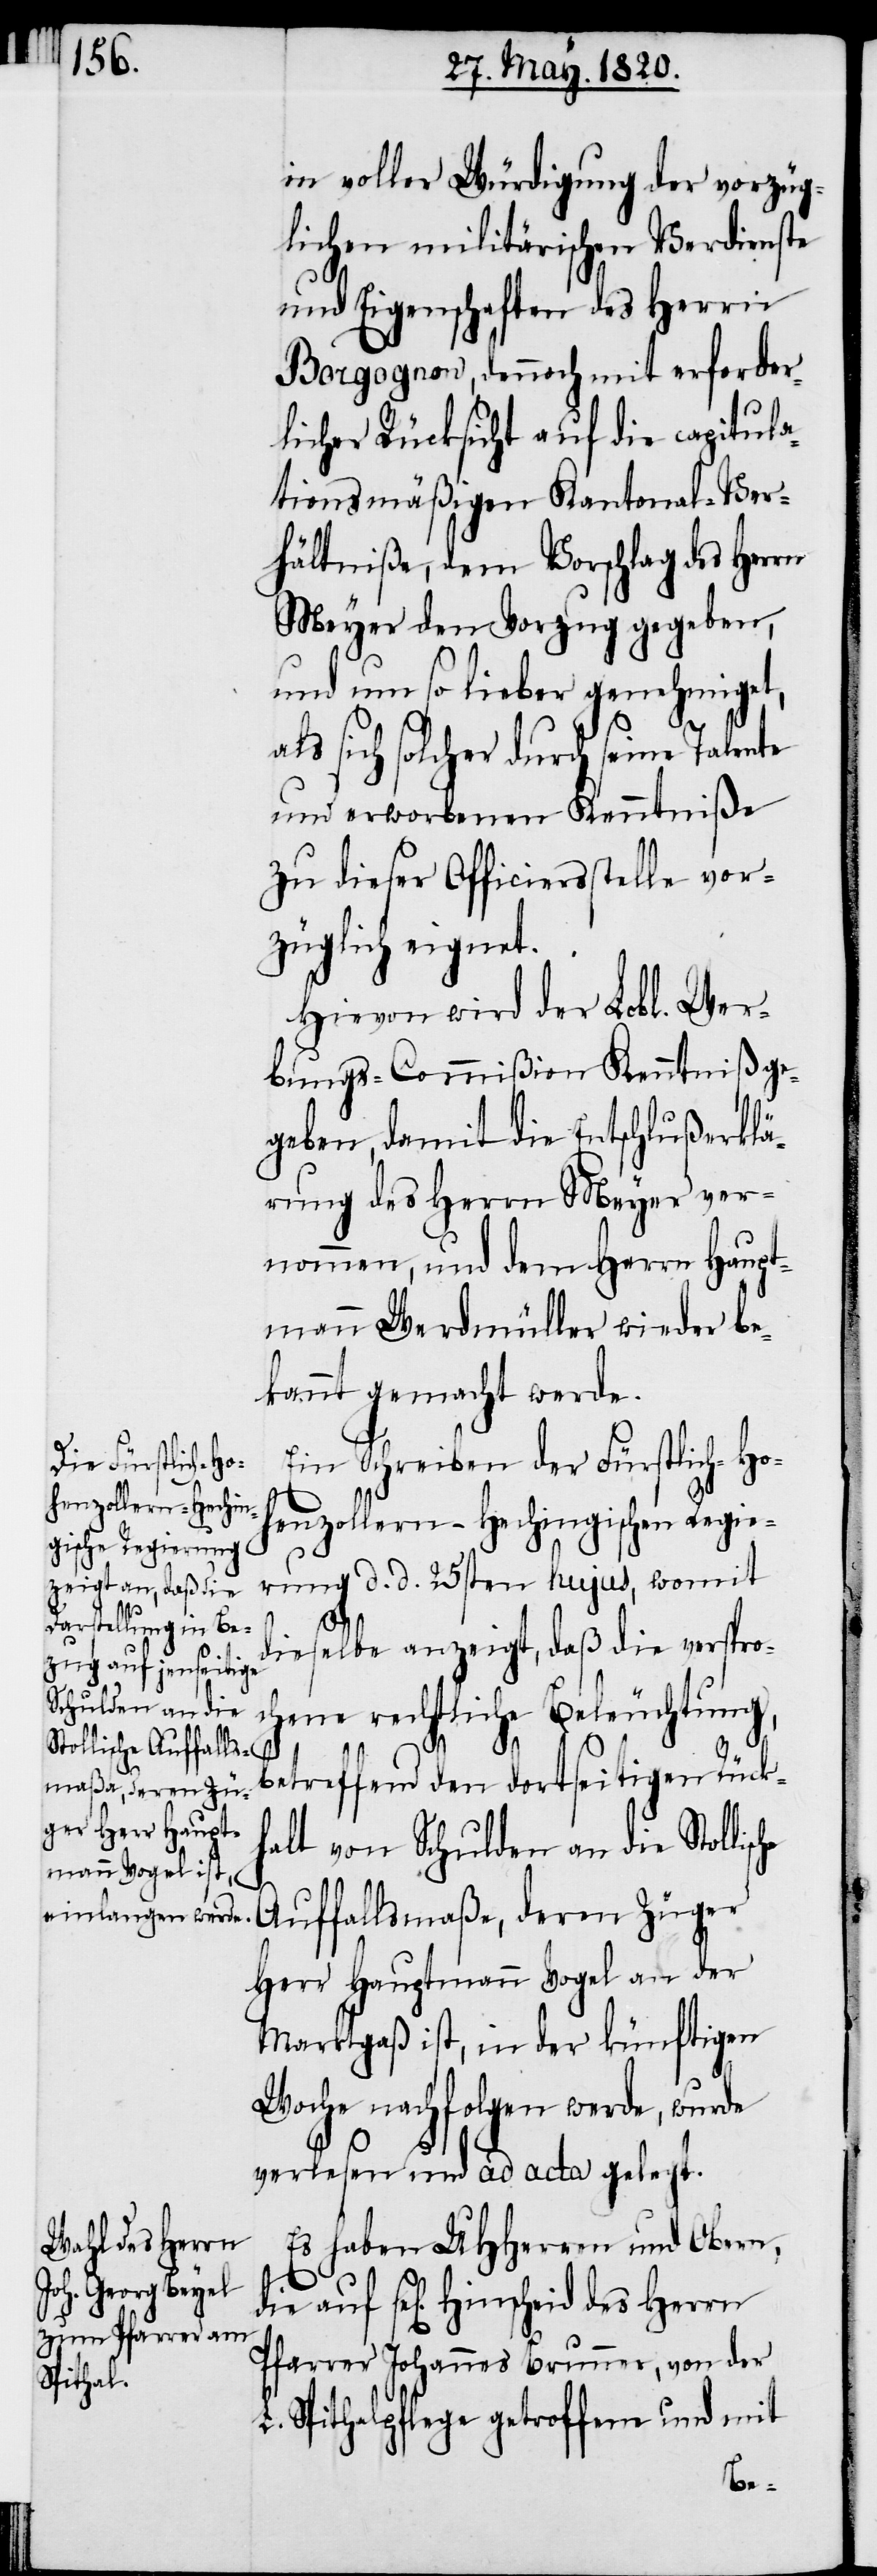
in voller Würdigung der vorzüg¬
lichen militärischen Verdienste
und Eigenschaften des Herrn
Borgognon, dennoch mit erforder¬
licher Rücksicht auf die capitula¬
tionsmäßigen Kantonal-Ver¬
hältniße, dem Vorschlag des Herrn
Meyer den Vorzug gegeben,
und um so lieber genehmiget,
als sich solcher durch seine Talente
und erworbenen Kenntniß
zu dieser Officiersstelle vor¬
züglich eignet.
Hievon wird der Lobl. Wer¬
bungs-Commißion Kenntniß ge¬
geben, damit die Entschlußerklä¬
rung des Herrn Meyer ver¬
nommen, und dem Herrn Haupt¬
mann Werdmüller wieder be¬
kannt gemacht werde.
Ein Schreiben der Fürstlich-Hoh¬
enzollern-Hechingischen Regie¬
rung d. d. 25sten hujus, womit
che
dieselbe anzeigt, daß die verspro¬
chene rechtliche Beleuchtung,
betreffend den dortseitigen Rückh¬
alt von Schulden an die Stollis¬
Auffallsmaßa, deren Züger
Herr Hauptmann Vogel an der
Marktgaß ist, in der künftigen
Woche nachfolgen werde, wurde
verlesen und ad acta gelegt.
Es haben UHHerren und Obern,
die auf sel[igen]. Hinscheid des Herrn
Pfarrer Johannes Brunner, von der
L. Spithalpflege getroffene und mit